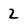
Character: 2